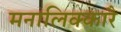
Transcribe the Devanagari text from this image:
मनालिक्कारै